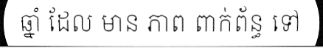
ឆ្នាំ ដែល មាន ភាព ពាក់ព័ន្ធ ទៅ